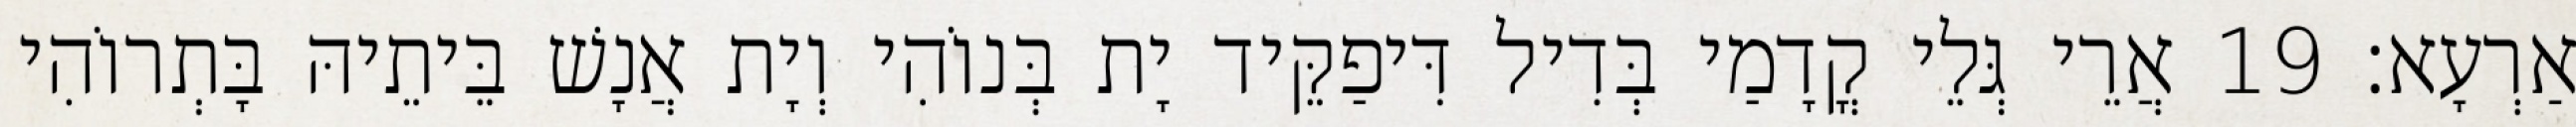
אַרְעָא׃ 19 אֲרֵי גְּלֵי קֳדָמַי בְּדִיל דִּיפַקֵּיד יָת בְּנוֹהִי וְיָת אֲנָשׁ בֵּיתֵיהּ בָּתְרוֹהִי